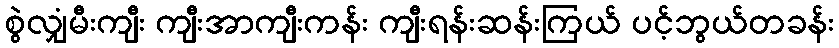
စွဲလျှံမီးကျီး ကျီးအာကျီးကန်း ကျီးရန်းဆန်းကြယ် ပင့်ဘွယ်တခန်း